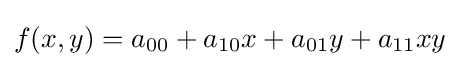
f(x,y)=a_{00}+a_{10}x+a_{01}y+a_{11}xy